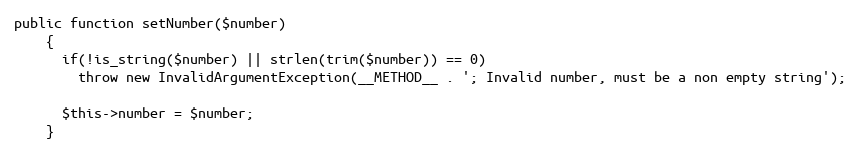
Language: PHP
public function setNumber($number)
    {
      if(!is_string($number) || strlen(trim($number)) == 0)
        throw new InvalidArgumentException(__METHOD__ . '; Invalid number, must be a non empty string');

      $this->number = $number;
    }